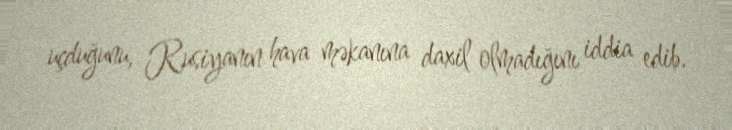
uçduğunu, Rusiyanın hava məkanına daxil olmadığını iddia edib.